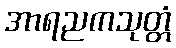
အာရညကသုတ္တံ